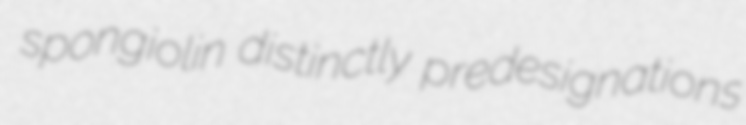
spongiolin distinctly predesignations